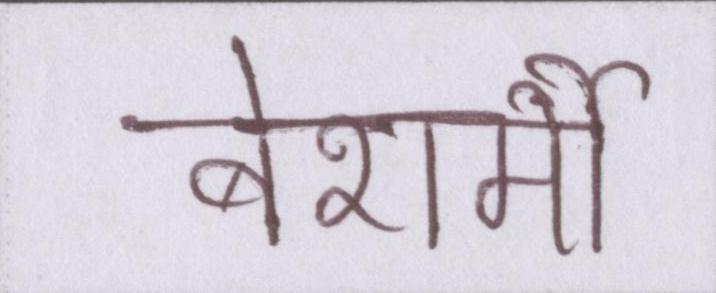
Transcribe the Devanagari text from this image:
बेशर्मी